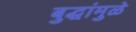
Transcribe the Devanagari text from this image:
बुद्धांमुळे